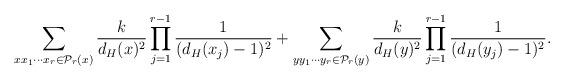
LaTeX: \begin{align*}\sum_{xx_1\cdots x_r \in \mathcal{P}_r(x)} \frac{k}{d_{H}(x)^2}\prod_{j=1}^{r-1}\frac{1}{(d_{H}(x_j) -1)^2} + \sum_{yy_1\cdots y_r \in \mathcal{P}_r(y)} \frac{k}{d_{H}(y)^2}\prod_{j=1}^{r-1}\frac{1}{(d_{H}(y_j) -1)^2}.\end{align*}